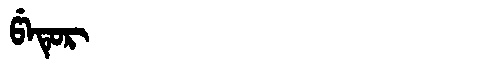
Manchu: ᡦᡝᡨᡠᡵ
Romanization: PETUR